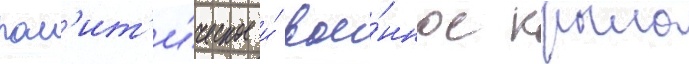
пол'ит'и́ческое и́ вое́нное крыло